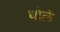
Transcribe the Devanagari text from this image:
धोले